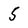
Character: 5